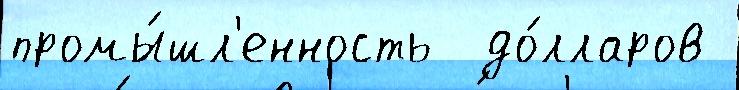
промы́шл'енность  до́лларов